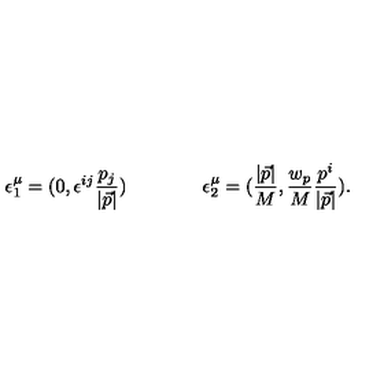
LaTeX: \epsilon _ { 1 } ^ { \mu } = ( 0 , \epsilon ^ { i j } \frac { { p } _ { j } } { | \vec { p } | } ) \qquad \qquad \epsilon _ { 2 } ^ { \mu } = ( \frac { | \vec { p } | } { M } , \frac { w _ { p } } { M } \frac { { p } ^ { i } } { | \vec { p } | } ) .